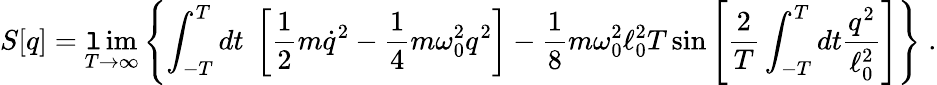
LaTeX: S[q]=\operatorname*{\mathtt{l}im}_{T\rightarrow\infty}\left\{ \int_{-T}^{T}dt\; \left[\frac{1}{2}m\dot{{q}}^{2}-\frac{1}{4}m\omega_{0}^{2}q^{2}\right]-\frac{1}{8}m\omega_{0}^{2}\ell_{0}^{2}T\sin\left[{\frac{{2}}{{T}}}\int_{-T}^{T}dt{\frac{{q^{2}}}{{\ell_{0}^{2}}}}\right]\right\} \; .